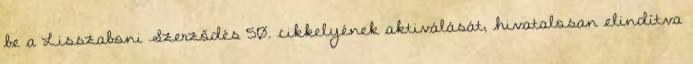
be a Lisszaboni Szerződés 50. cikkelyének aktiválását, hivatalosan elindítva